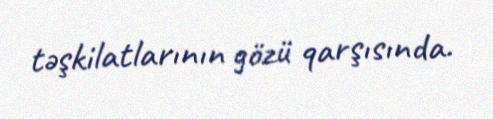
təşkilatlarının gözü qarşısında.